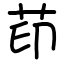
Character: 茚